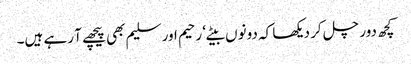
کچھ دور چل کر دیکھا کہ دونوں بیٹے‘ رحیم اور سلیم بھی پیچھے آ رہے ہیں۔